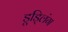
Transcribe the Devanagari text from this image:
डूड्लिंग